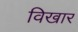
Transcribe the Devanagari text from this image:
विखार